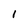
Character: 1